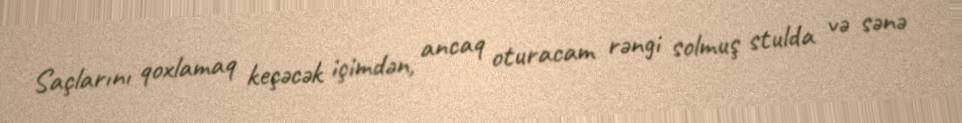
Saçlarını qoxlamaq keçəcək içimdən, ancaq oturacam rəngi solmuş stulda və sənə